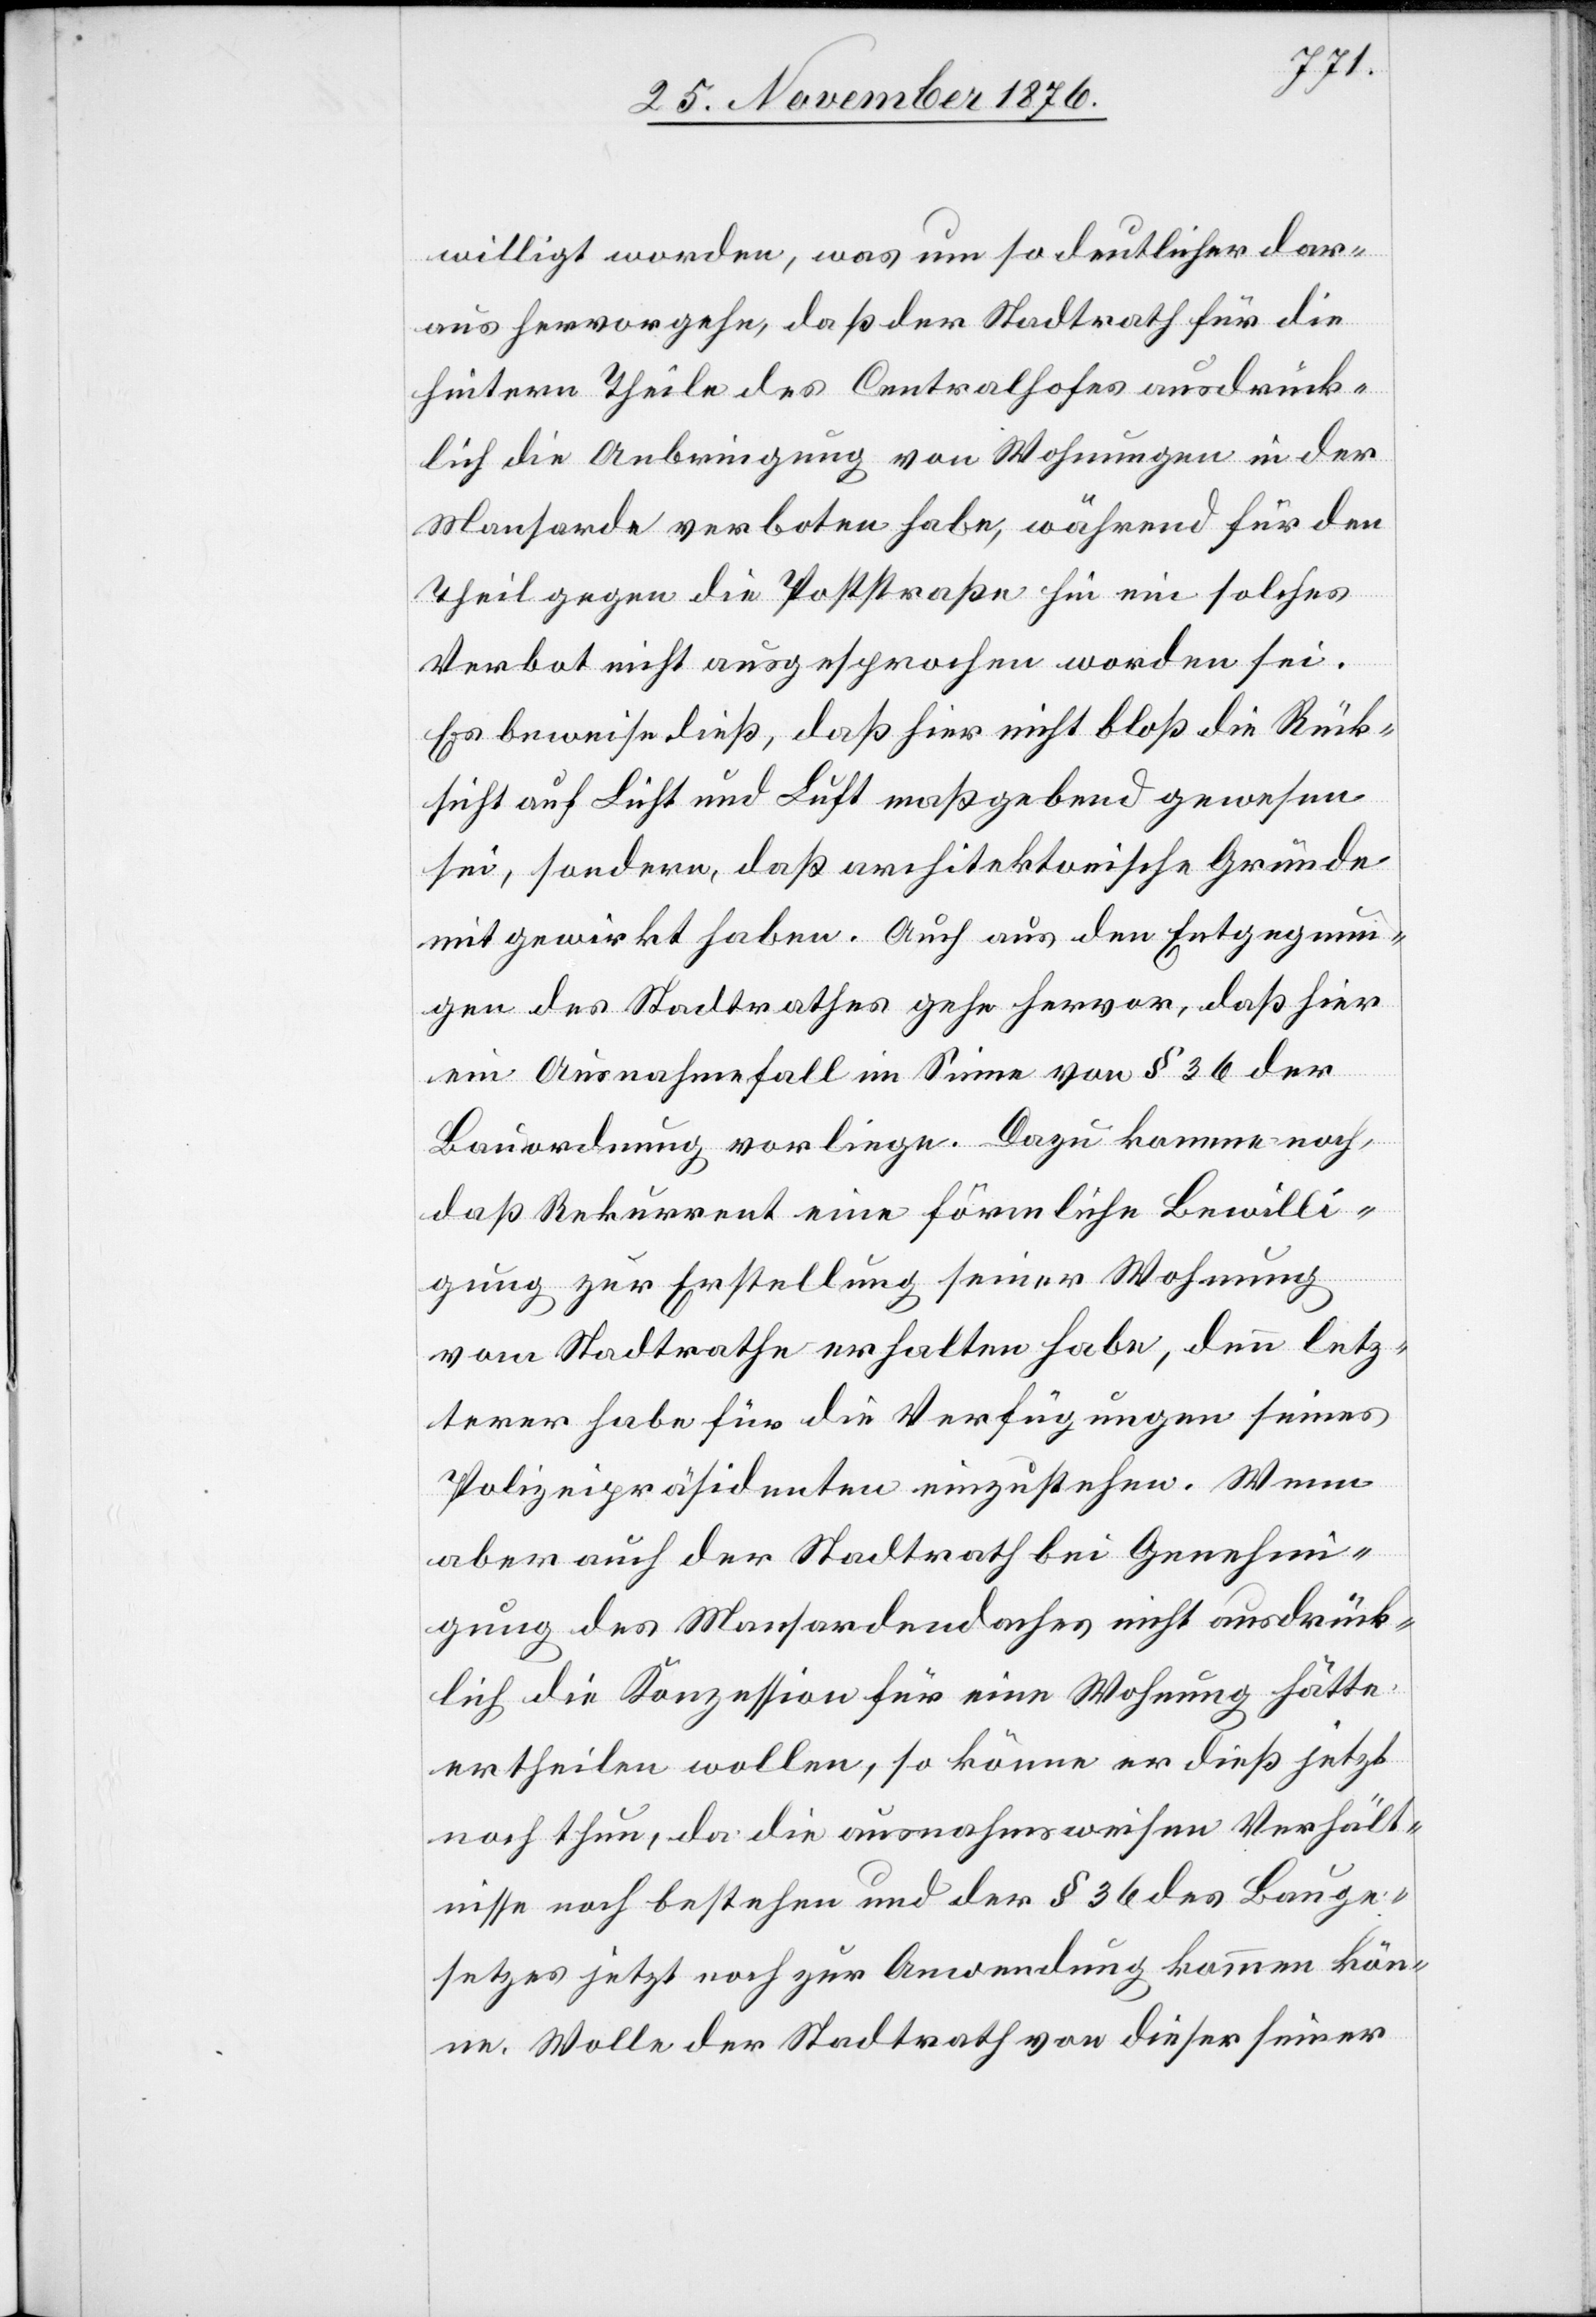
willigt worden, was um so deutlicher dar¬
aus hervorgehe, daß der Stadtrath für die
hintern Theile des Centralhofes ausdrück¬
lich die Anbringung von Wohnungen in der
Mansarde verboten habe, während für den
Theil gegen die Poststraße hin ein solches
Verbot nicht ausgesprochen worden sei.
Es beweise dieß, daß hier nicht bloß die Rück¬
sicht auf Licht und Luft maßgebend gewesen
sei, sondern, daß architektonische Gründe
mit gewirkt haben. Auch aus den Entgegnun¬
gen des Stadtrathes gehe hervor, daß hier
ein Ausnahmefall im Sinne von § 36 der
Bauordnung vorliege. Dazu komme noch,
daß Rekurrent eine förmliche Bewilli¬
gung zur Erstellung seiner Wohnung
vom Stadtrathe erhalten habe, denn letz¬
terer habe für die Verfügungen seines
Polizeipräsidenten einzustehen. Wenn
aber auch der Stadtrath bei Genehmi¬
gung des Mansardendaches nicht ausdrück¬
lich die Konzession für eine Wohnung hätte
ertheilen wollen, so könne er dieß jetzt
noch thun, da die ausnahmsweisen Verhält¬
nisse noch bestehen und der § 36 des Bauge¬
setzes jetzt noch zur Anwendung kommen kön¬
ne. Wolle der Stadtrath von dieser seiner